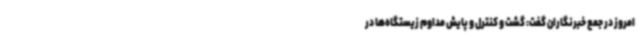
امروز در جمع خبرنگاران گفت: گشت و کنترل و پایش مداوم زیستگاه‌ها در